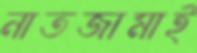
নাতজামাই